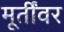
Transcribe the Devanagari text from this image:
मूर्तींवर